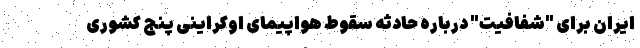
ایران برای "شفافیت" درباره حادثه سقوط هواپیمای اوکراینی پنج کشوری